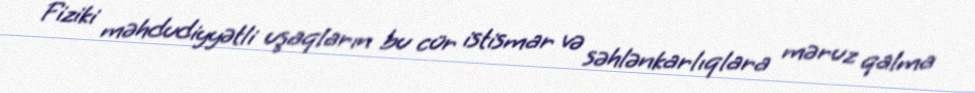
Fiziki məhdudiyyətli uşaqların bu cür istismar və səhlənkarlıqlara məruz qalma